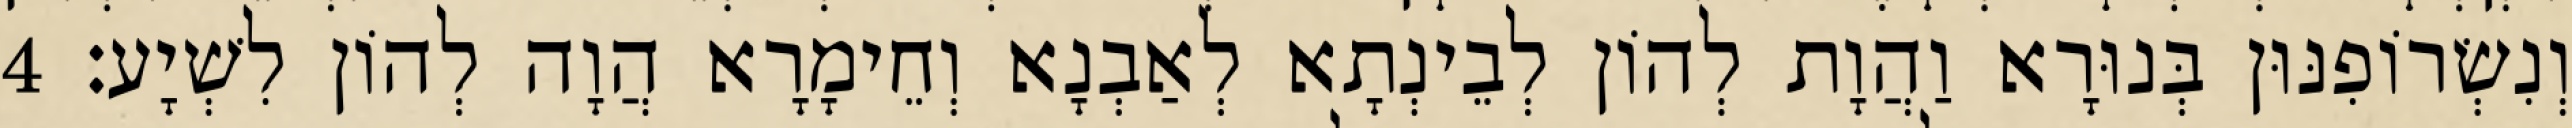
וְנִשְׂרוֹפִנּוּן בְּנוּרָא וַהֲוָת לְהוֹן לְבֵינְתָא לְאַבְנָא וְחֵימָרָא הֲוָה לְהוֹן לִשְׁיָע׃ 4